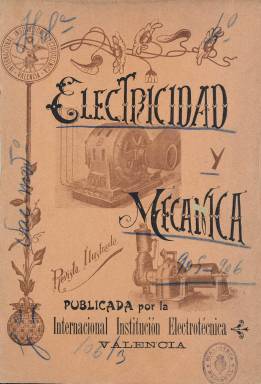
Título: Electricidad y mecánica
Colección: Industria || Ciencias
Ámbito geográfico: Valencia
Lugar de publicación: Valencia
Fechas: 01/10/1905-31/12/1920